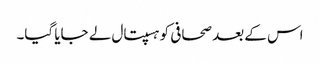
اس کے بعد صحافی کو ہسپتال لے جایا گیا۔